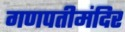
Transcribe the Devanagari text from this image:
गणपतीमंदिर